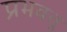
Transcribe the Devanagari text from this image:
प्रभवतु